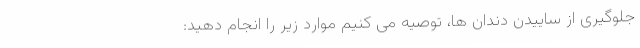
جلوگیری از ساییدن دندان ها، توصیه می کنیم موارد زیر را انجام دهید: